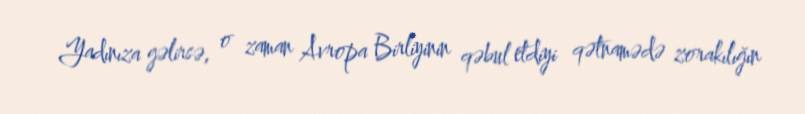
Yadınıza gəlirsə, o zaman Avropa Birliyinin qəbul etdiyi qətnamədə zorakılığın